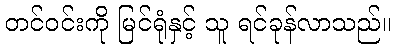
တင်ဝင်းကို မြင်ရုံနှင့် သူ ရင်ခုန်လာသည်။